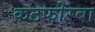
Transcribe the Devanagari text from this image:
कठफोरबा